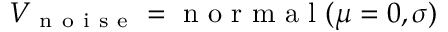
V _ { \mathrm { ~ n ~ o ~ i ~ s ~ e ~ } } = \mathrm { ~ n ~ o ~ r ~ m ~ a ~ l ~ } ( \mu = 0 , \sigma )